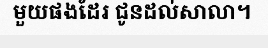
មួយផងដែរ ជូនដល់សាលា។